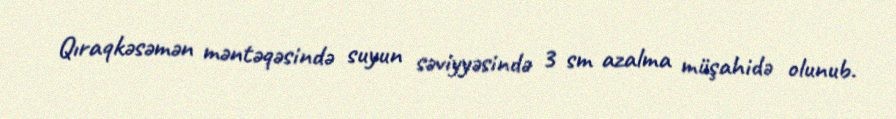
Qıraqkəsəmən məntəqəsində suyun səviyyəsində 3 sm azalma müşahidə olunub.